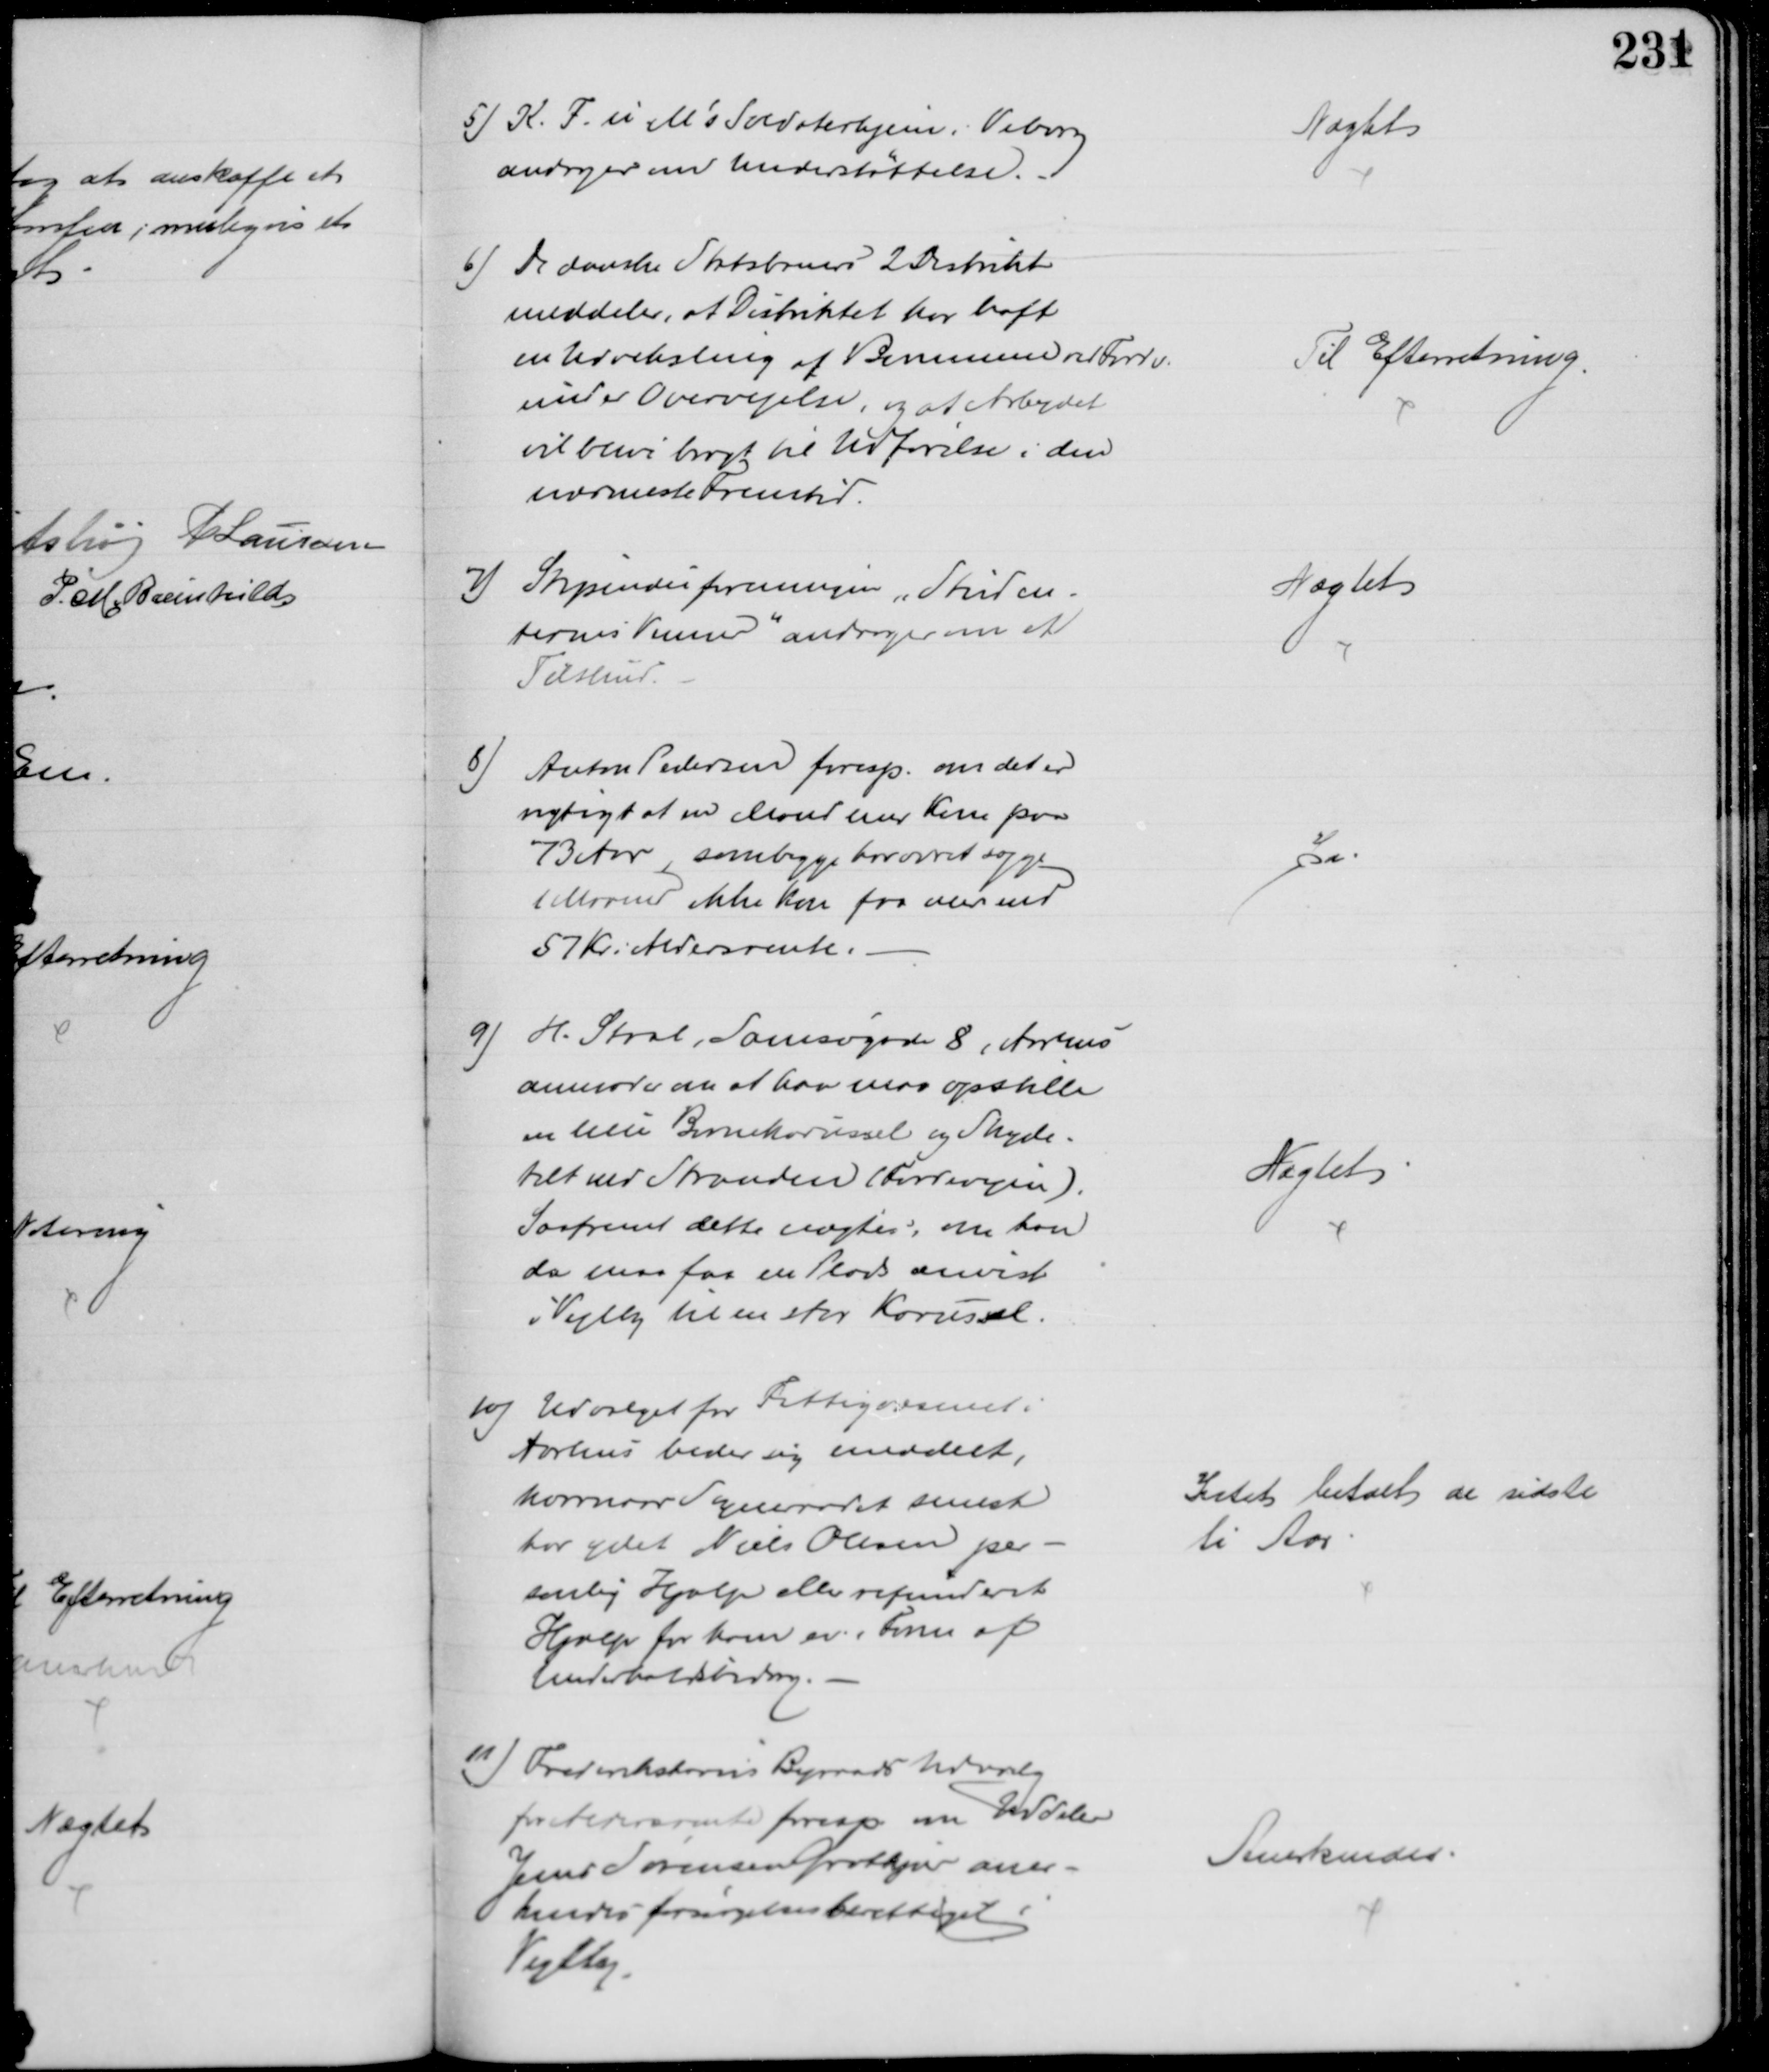
Transskription:
5) K. F. u. M's Soldaterhjem i Viborg
andrager om Understøttelse.
Nægtet
6) De danske Statsbaners 2 Distrikt
meddeler, at Distriktet har haft 
en Udveksling af Bummen ved Fordv.
under Overvejelse, og at Arbejdet
vil blive bragt til Udførelse i den 
nærmeste Fremtid.
Til Efterretning.
7) Stipendieforeningen, "Studen-.
ternes Venner" andrager om et
Tilskud.
Nægtet
8)
Anton Pedersen foresp. om det er
rigtigt at en Mand med Kone paa
73 Aar, som begge har været syge
1 Maaned ikke kan faa mere end
57 Kr i  Aldersrente.
Ja
9)
H. Staal, Samsøgade 8, Aarhus
anmoder om at han maa opstille 
en lille Barnekarussel og Skyde-
telt ved Stranden (Fordevejen).
Saafremt dette nægtes, om han
da maa faa en Plads anvist
i Vejlby til en stor Karussel.
Nægtet
10) Udvalget for Fattigvæsenet i
Aarhus beder sig meddelt,
hvornaar Sogneraadet senest
har ydet Niels Olesen per-
sonlig Hjælp eller refunderet
Hjælp for ham ev i Form af
Underholdsbidrag.
Intet betalt de sidste
ti Aar
11) Frederikshavns Byraads Udvalg
for Aldersrente foresp om Uddeler
Jens Sørensen Grotkjær aner-
kendes forsørgelsesberettiget i
Vejlby
Anerkendes.